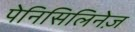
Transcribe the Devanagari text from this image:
पेनिसिलिनेज़